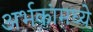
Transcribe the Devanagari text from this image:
अर्भकांमध्ये